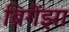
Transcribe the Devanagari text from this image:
ब्रिगेंझा